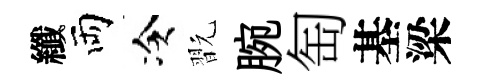
纖両冷翫腕匋基梁